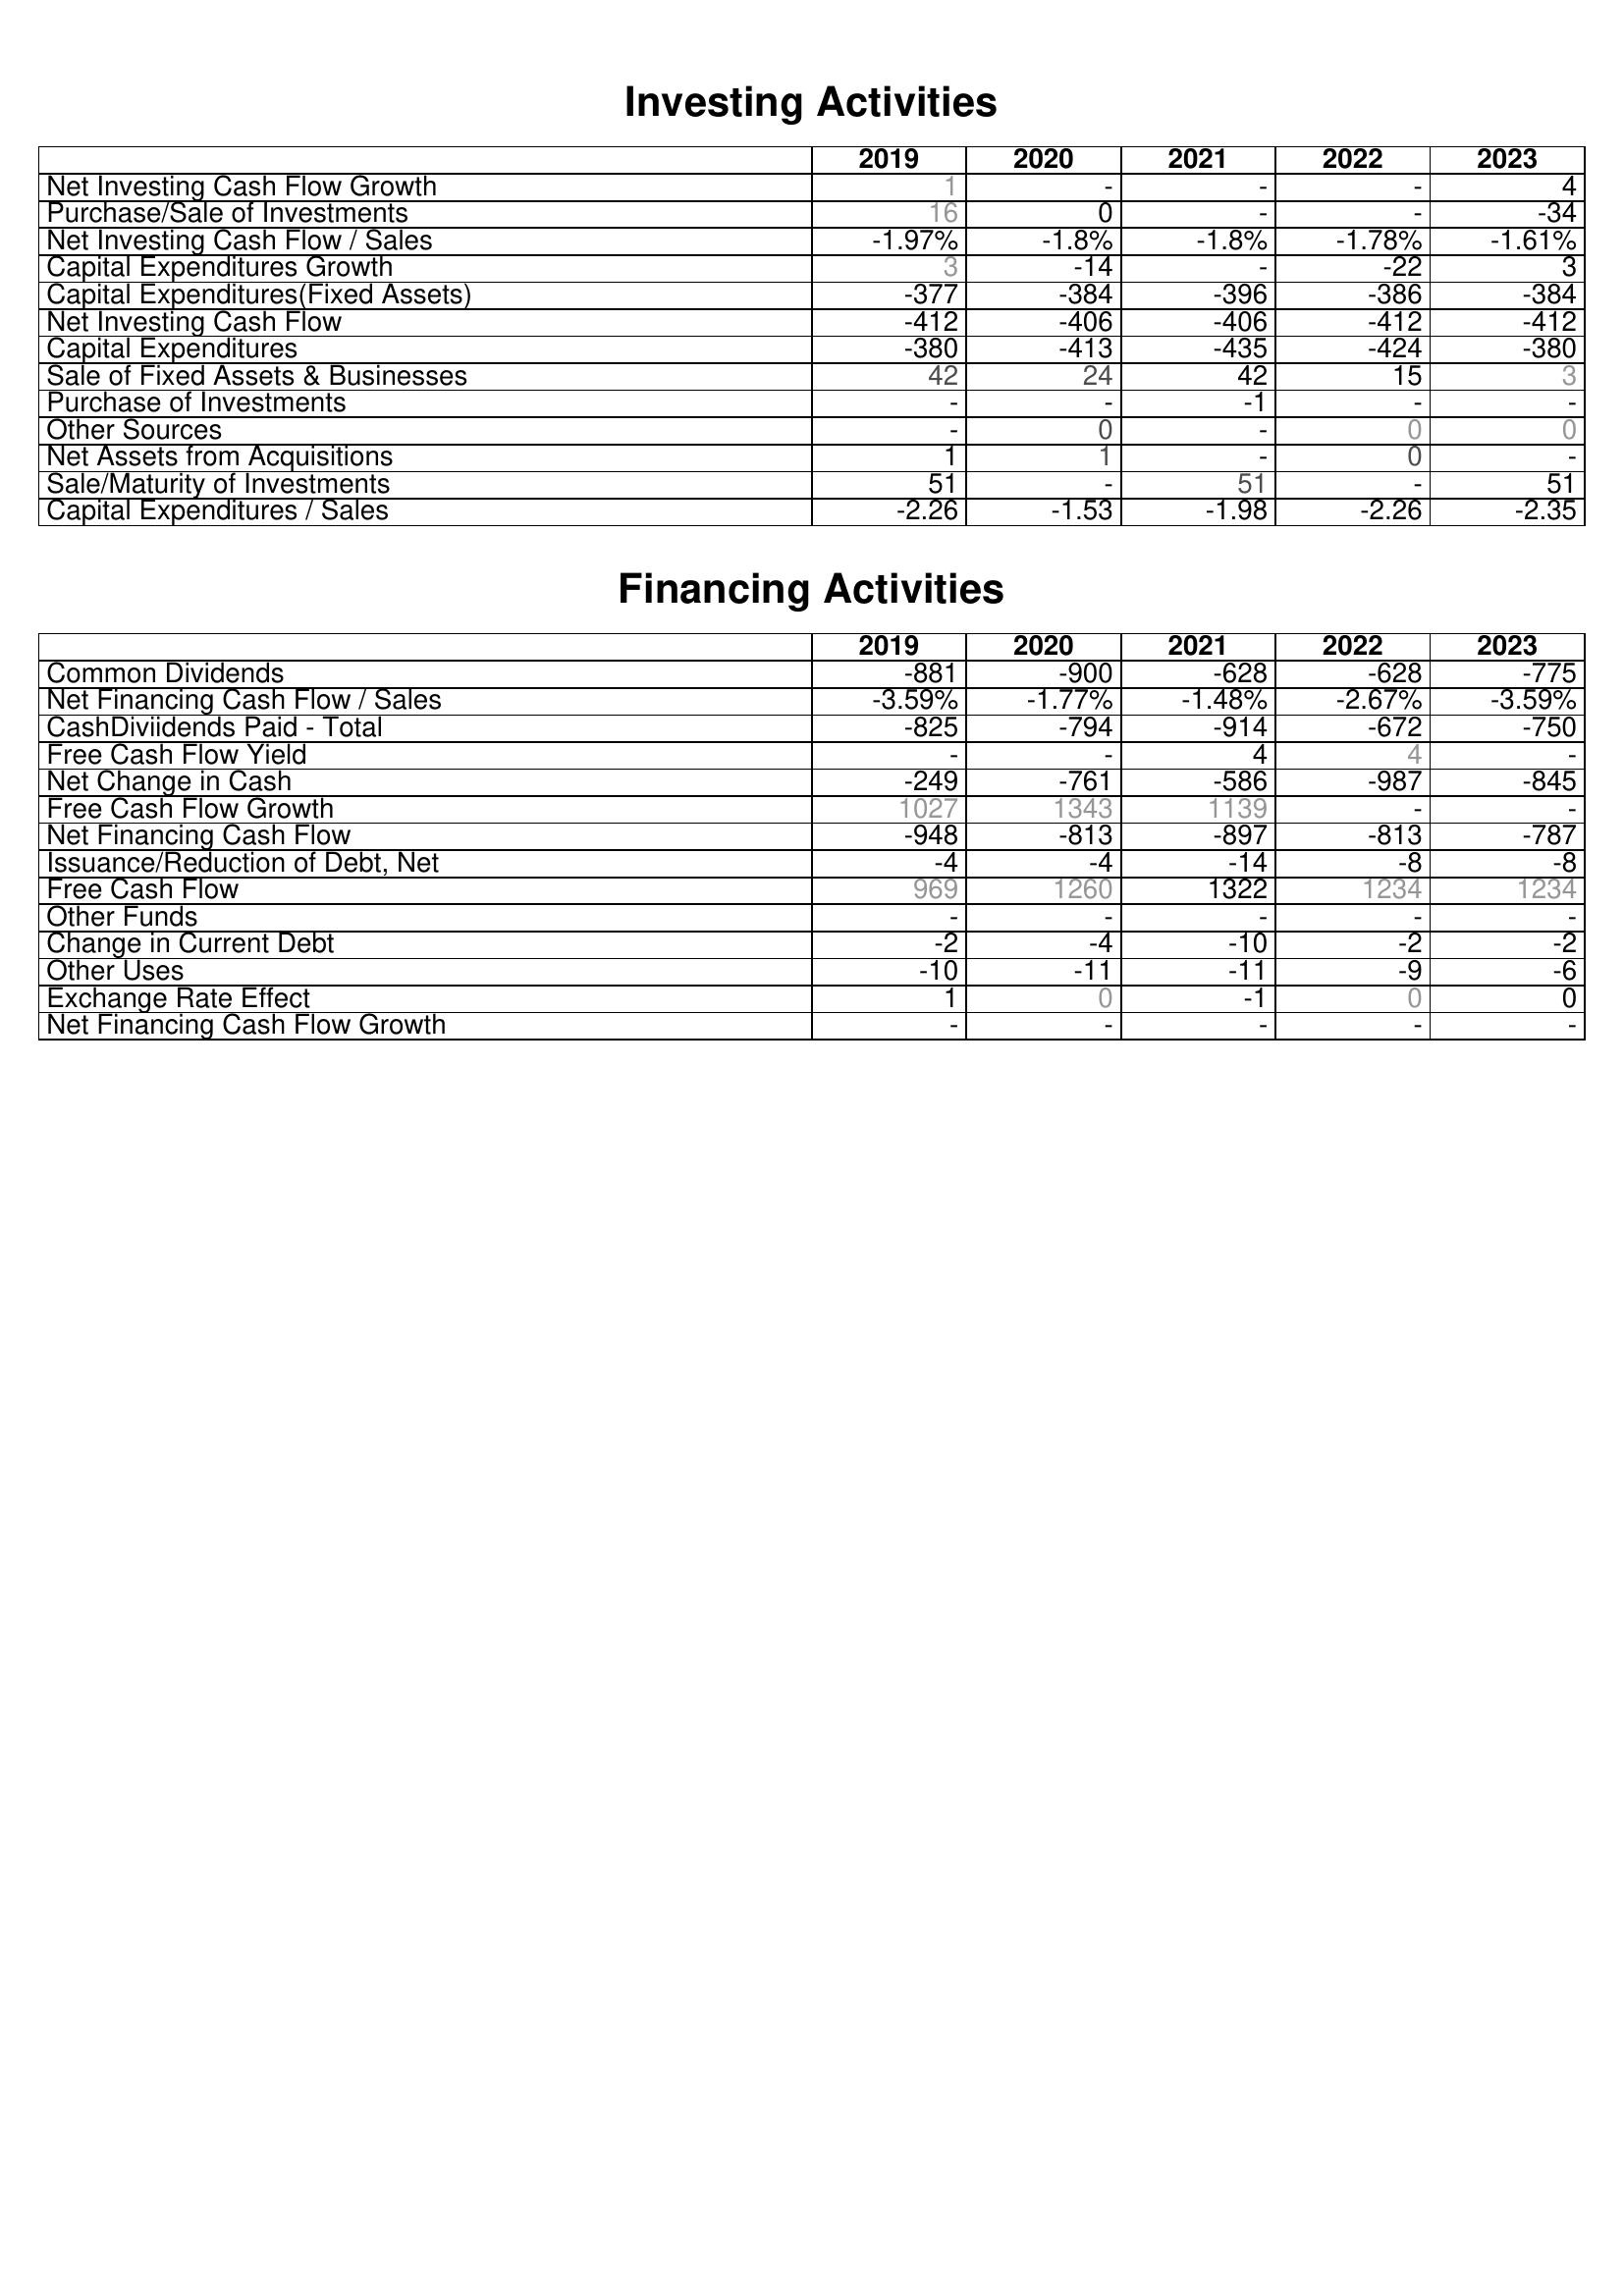
2019: Investing Activities: Net Investing Cash Flow Growth: 1
Purchase/Sale of Investments: 16
Net Investing Cash Flow / Sales: -1.97%
Capital Expenditures Growth: 3
Capital Expenditures(Fixed Assets): -377
Net Investing Cash Flow: -412
Capital Expenditures: -380
Sale of Fixed Assets & Businesses: 42
Purchase of Investments: -
Other Sources: -
Net Assets from Acquisitions: 1
Sale/Maturity of Investments: 51
Capital Expenditures / Sales: -2.26
Financing Activities: Common Dividends: -881
Net Financing Cash Flow / Sales: -3.59%
CashDiviidends Paid - Total: -825
Free Cash Flow Yield: -
Net Change in Cash: -249
Free Cash Flow Growth: 1027
Net Financing Cash Flow: -948
Issuance/Reduction of Debt, Net: -4
Free Cash Flow: 969
Other Funds: -
Change in Current Debt: -2
Other Uses: -10
Exchange Rate Effect: 1
Net Financing Cash Flow Growth: -
2020: Investing Activities: Net Investing Cash Flow Growth: -
Purchase/Sale of Investments: 0
Net Investing Cash Flow / Sales: -1.8%
Capital Expenditures Growth: -14
Capital Expenditures(Fixed Assets): -384
Net Investing Cash Flow: -406
Capital Expenditures: -413
Sale of Fixed Assets & Businesses: 24
Purchase of Investments: -
Other Sources: 0
Net Assets from Acquisitions: 1
Sale/Maturity of Investments: -
Capital Expenditures / Sales: -1.53
Financing Activities: Common Dividends: -900
Net Financing Cash Flow / Sales: -1.77%
CashDiviidends Paid - Total: -794
Free Cash Flow Yield: -
Net Change in Cash: -761
Free Cash Flow Growth: 1343
Net Financing Cash Flow: -813
Issuance/Reduction of Debt, Net: -4
Free Cash Flow: 1260
Other Funds: -
Change in Current Debt: -4
Other Uses: -11
Exchange Rate Effect: 0
Net Financing Cash Flow Growth: -
2021: Investing Activities: Net Investing Cash Flow Growth: -
Purchase/Sale of Investments: -
Net Investing Cash Flow / Sales: -1.8%
Capital Expenditures Growth: -
Capital Expenditures(Fixed Assets): -396
Net Investing Cash Flow: -406
Capital Expenditures: -435
Sale of Fixed Assets & Businesses: 42
Purchase of Investments: -1
Other Sources: -
Net Assets from Acquisitions: -
Sale/Maturity of Investments: 51
Capital Expenditures / Sales: -1.98
Financing Activities: Common Dividends: -628
Net Financing Cash Flow / Sales: -1.48%
CashDiviidends Paid - Total: -914
Free Cash Flow Yield: 4
Net Change in Cash: -586
Free Cash Flow Growth: 1139
Net Financing Cash Flow: -897
Issuance/Reduction of Debt, Net: -14
Free Cash Flow: 1322
Other Funds: -
Change in Current Debt: -10
Other Uses: -11
Exchange Rate Effect: -1
Net Financing Cash Flow Growth: -
2022: Investing Activities: Net Investing Cash Flow Growth: -
Purchase/Sale of Investments: -
Net Investing Cash Flow / Sales: -1.78%
Capital Expenditures Growth: -22
Capital Expenditures(Fixed Assets): -386
Net Investing Cash Flow: -412
Capital Expenditures: -424
Sale of Fixed Assets & Businesses: 15
Purchase of Investments: -
Other Sources: 0
Net Assets from Acquisitions: 0
Sale/Maturity of Investments: -
Capital Expenditures / Sales: -2.26
Financing Activities: Common Dividends: -628
Net Financing Cash Flow / Sales: -2.67%
CashDiviidends Paid - Total: -672
Free Cash Flow Yield: 4
Net Change in Cash: -987
Free Cash Flow Growth: -
Net Financing Cash Flow: -813
Issuance/Reduction of Debt, Net: -8
Free Cash Flow: 1234
Other Funds: -
Change in Current Debt: -2
Other Uses: -9
Exchange Rate Effect: 0
Net Financing Cash Flow Growth: -
2023: Investing Activities: Net Investing Cash Flow Growth: 4
Purchase/Sale of Investments: -34
Net Investing Cash Flow / Sales: -1.61%
Capital Expenditures Growth: 3
Capital Expenditures(Fixed Assets): -384
Net Investing Cash Flow: -412
Capital Expenditures: -380
Sale of Fixed Assets & Businesses: 3
Purchase of Investments: -
Other Sources: 0
Net Assets from Acquisitions: -
Sale/Maturity of Investments: 51
Capital Expenditures / Sales: -2.35
Financing Activities: Common Dividends: -775
Net Financing Cash Flow / Sales: -3.59%
CashDiviidends Paid - Total: -750
Free Cash Flow Yield: -
Net Change in Cash: -845
Free Cash Flow Growth: -
Net Financing Cash Flow: -787
Issuance/Reduction of Debt, Net: -8
Free Cash Flow: 1234
Other Funds: -
Change in Current Debt: -2
Other Uses: -6
Exchange Rate Effect: 0
Net Financing Cash Flow Growth: -